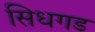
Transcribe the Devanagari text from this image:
सिधगड